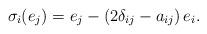
LaTeX: \begin{align*}\sigma_i(e_j)=e_j-\left(2\delta_{ij}-a_{ij}\right)e_i.\end{align*}